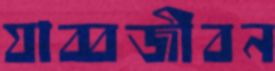
যাব্বজীবন